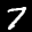
Label: 7